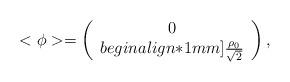
LaTeX: \begin{align*}<{\phi}>=\left(\begin{array}{cl}0\\begin{align*}1mm]\frac{\rho_0}{\sqrt{2}}\end{array}\right),\end{align*}